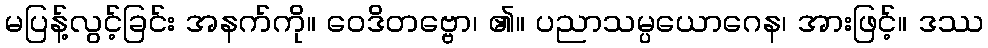
မပြန့်လွင့်ခြင်း အနက်ကို။ ဝေဒိတဗ္ဗော၊ ၏။ ပညာသမ္ပယောဂေန၊ အားဖြင့်။ ဒဿ